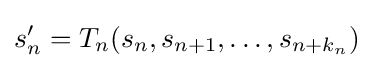
s_{n}'=T_{n}(s_{n},s_{n+1},\dots ,s_{n+k_{n}})